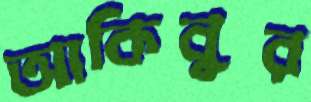
আকিবুর